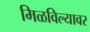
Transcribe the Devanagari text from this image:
मिळविल्यावर